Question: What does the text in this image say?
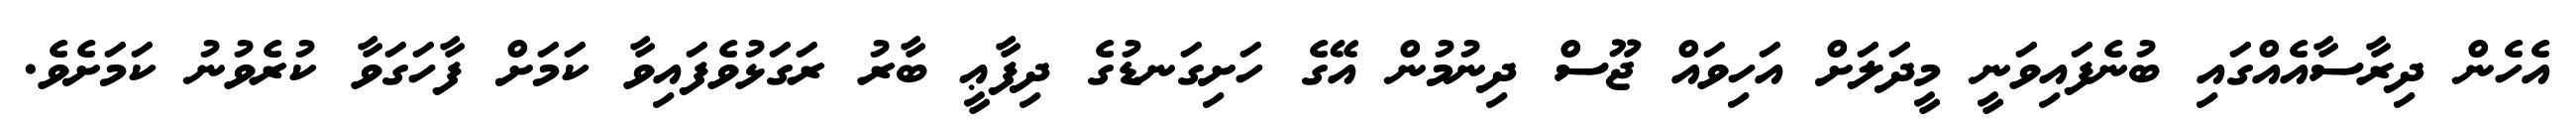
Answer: އެހެން ދިރާސާއެއްގައި ބުނެފައިވަނީ މީދަލަށް އަހިވައް ޖޫސް ދިނުމުން އޭގެ ހަށިގަނޑުގެ ދިފާޢީ ބާރު ރަގަޅުވެފައިވާ ކަމަށް ފާހަގަވާ ކުރެވުނު ކަމަށެވެ.